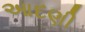
આદણી